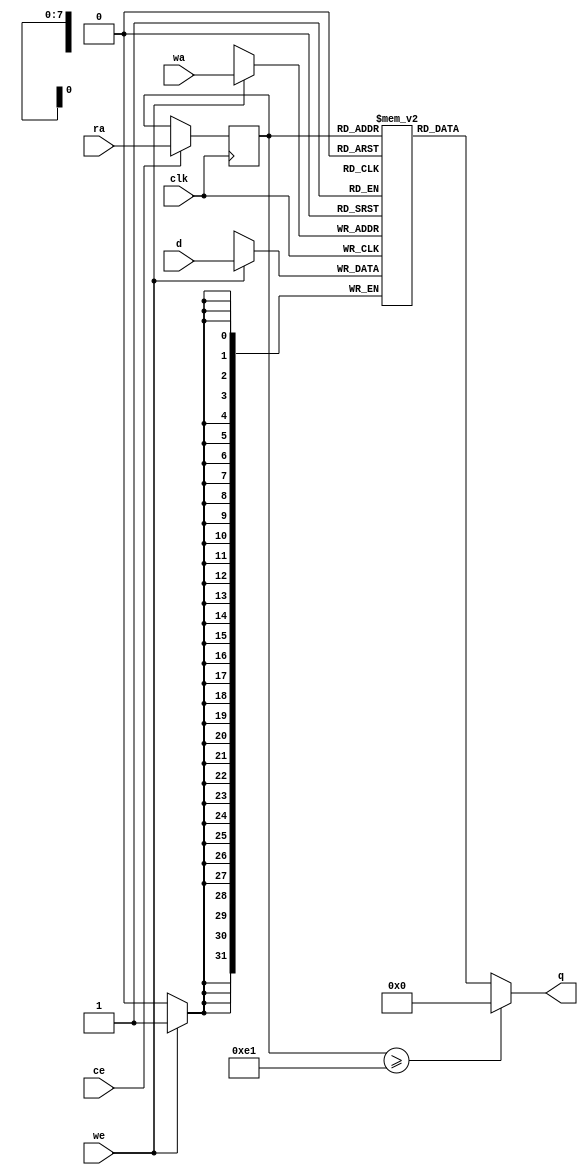
// ==============================================================
// File generated by AutoPilot - High-Level Synthesis System (C, C++, SystemC)
// Version: 2010.a.3
// Copyright (C) :2006-2010 AutoESL Design Technologies, Inc.
// 
// ==============================================================



`timescale 1 ns / 1 ps




`celldefine
module denoise_sn1_p3_core (q, ra, ce, clk, d, wa, we);
   parameter READ_PORT_COUNT=32'd1;
   parameter WRITE_PORT_COUNT=32'd1;
   parameter DATA_WIDTH=32'd32;
   parameter ADDRESS_WIDTH=32'd8;
   parameter WORD_COUNT=32'd225;

   output [READ_PORT_COUNT*DATA_WIDTH-1:0] q;
   input [READ_PORT_COUNT*ADDRESS_WIDTH-1:0]  ra;
   input [READ_PORT_COUNT-1:0]  ce;
   input [WRITE_PORT_COUNT*DATA_WIDTH-1:0] d;
   input [WRITE_PORT_COUNT*ADDRESS_WIDTH-1:0] wa;
   input [WRITE_PORT_COUNT-1:0]               we;
   input                                      clk;

   integer                                    i,j,k;

   reg [DATA_WIDTH-1:0]                       mem [0:WORD_COUNT-1];
   reg [ADDRESS_WIDTH-1:0]                    rat;
   reg [ADDRESS_WIDTH-1:0]                    rai [READ_PORT_COUNT-1:0];
   reg [ADDRESS_WIDTH-1:0]                    rai_reg [READ_PORT_COUNT-1:0];
   reg [READ_PORT_COUNT*DATA_WIDTH-1:0]       qi;
   reg [DATA_WIDTH-1:0]                       qt;
   reg [DATA_WIDTH-1:0]                       di [WRITE_PORT_COUNT-1:0];
   reg [DATA_WIDTH-1:0]                       dt;
   reg [ADDRESS_WIDTH-1:0]                    wat;
   reg [ADDRESS_WIDTH-1:0]                    wai [WRITE_PORT_COUNT-1:0];




   // Split input data
   always @ (d) begin
      for (i=0;i<WRITE_PORT_COUNT;i=i+1) begin
         for (j=0;j<DATA_WIDTH;j=j+1) begin
            dt[j]=d[i*DATA_WIDTH+j];
         end
         di[i]=dt;
      end
   end

   // Split write addresses
   always @ (wa) begin
      for (i=0;i<WRITE_PORT_COUNT;i=i+1) begin
         for (j=0;j<ADDRESS_WIDTH;j=j+1) begin
            wat[j]=wa[i*ADDRESS_WIDTH+j];
         end
         wai[i]=wat;
      end
   end

   // Write memory
   always @ (posedge clk) begin
     for (j=0;j<WRITE_PORT_COUNT;j=j+1) begin
        if (we[j]) begin
           mem[wai[j]] <= di[j];
        end
     end
   end

   // Split read addresses
   always @ (ra) begin
      for (i=0;i<READ_PORT_COUNT;i=i+1) begin
         for (j=0;j<ADDRESS_WIDTH;j=j+1) begin
            rat[j]=ra[i*ADDRESS_WIDTH+j];
         end
         rai[i]=rat;
      end
   end

   // guide read addresses using CE
   always @ (posedge clk) begin
      for (i=0;i<READ_PORT_COUNT;i=i+1) begin
         if ( ce[i] ) begin
            rai_reg[i] <= rai[i];
         end
      end
   end


   // Memory read
   always @ (rai_reg[0] or clk) begin
      for (i=0;i<READ_PORT_COUNT;i=i+1) begin
         if (rai_reg[i] >= WORD_COUNT) begin
            qt={DATA_WIDTH {1'b0}};
         end else begin
            qt=mem[rai_reg[i]];
         end
         for (j=0;j<DATA_WIDTH;j=j+1) begin
            qi[i*DATA_WIDTH+j]=qt[j];
         end
      end
   end

   assign q=qi;

endmodule
`endcelldefine


module denoise_sn1_p3 (
    address0,
    ce0,
    q0,
    we0,
    d0,


    clk);


parameter DataWidth = 32'd32;
parameter AddressRange = 32'd225;
parameter AddressWidth = 32'd8;

input[AddressWidth-1:0] address0;
input ce0;
output[DataWidth-1:0] q0;
input we0;
input[DataWidth-1:0] d0;
input clk;


reg[DataWidth-1:0] q0;
wire[1 * DataWidth - 1:0] mem_q;
wire[DataWidth - 1:0] mem_q0;
wire[1 - 1:0] mem_we;
wire[1 * DataWidth - 1:0] mem_d;
wire[1 * AddressWidth - 1:0] mem_wa;
wire[1 * AddressWidth - 1:0]  mem_ra;
wire[1 - 1:0]  mem_ce;


denoise_sn1_p3_core #(
    .READ_PORT_COUNT( 1 ),
    .WRITE_PORT_COUNT( 1 ),
    .DATA_WIDTH( DataWidth ),
    .ADDRESS_WIDTH( AddressWidth ),
    .WORD_COUNT( AddressRange ))
core_inst (
    .q( mem_q ),
    .ra( mem_ra ),
    .ce( mem_ce ),
    .d( mem_d ),
    .wa( mem_wa ),
    .we( mem_we ),
    .clk( clk ));


assign mem_q0 =  mem_q[1 * DataWidth - 1 : 0 * DataWidth];

always @ (mem_q0) begin
        q0 = mem_q0;
end

assign mem_ra = {address0};
assign mem_ce = {ce0};

assign mem_we[0] = we0;

assign mem_d = {d0};

assign mem_wa = {address0};

endmodule